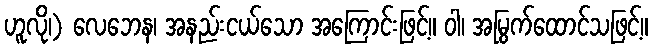
ဟူလို၊) လေဘေန၊ အနည်းငယ်သော အကြောင်းဖြင့်။ ဝါ၊ အမြွက်ထောင်သဖြင့်။